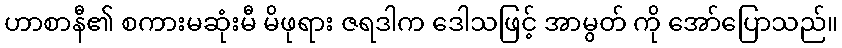
ဟာစာနီ၏ စကားမဆုံးမီ မိဖုရား ဇရဒါက ဒေါသဖြင့် အာမွတ် ကို အော်ပြောသည်။